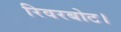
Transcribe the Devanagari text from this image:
रिवरबोट।